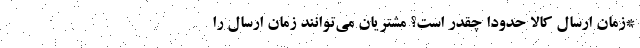
*زمان ارسال کالا حدودا چقدر است؟ مشتریان می‌توانند زمان ارسال را